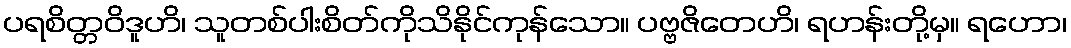
ပရစိတ္တဝိဒူဟိ၊ သူတစ်ပါးစိတ်ကိုသိနိုင်ကုန်သော။ ပဗ္ဗဇိတေဟိ၊ ရဟန်းတို့မှ။ ရဟော၊